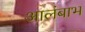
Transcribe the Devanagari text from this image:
आलंबाभ